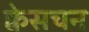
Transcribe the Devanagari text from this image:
क्वेसचन